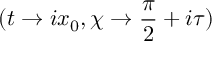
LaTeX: ( t \rightarrow i x _ { 0 } , \chi \rightarrow \frac { \pi } { 2 } + i \tau )